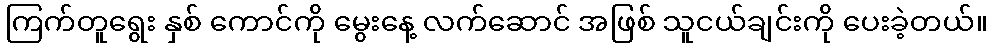
ကြက်တူရွေး နှစ် ကောင်ကို မွေးနေ့ လက်ဆောင် အဖြစ် သူငယ်ချင်းကို ပေးခဲ့တယ်။